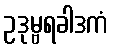
ဥဒုမ္ဗရခါဒကံ